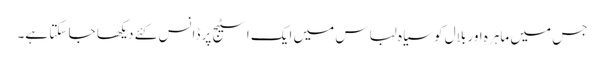
جس میں ماہرہ اور بلال کو سیاہ لباس میں ایک اسٹیج پر ڈانس کئے دیکھا جا سکتا ہے۔